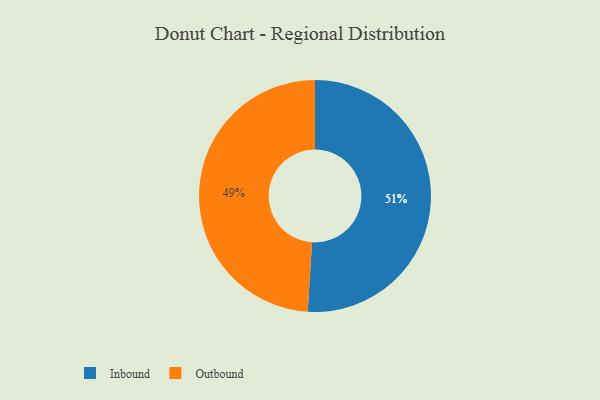
{"axis": {"x": "Category", "y": "Percentage"}, "legend": ["Inbound", "Outbound"], "data": [{"x": "Inbound", "y": 51, "type": "Inbound"}, {"x": "Outbound", "y": 49, "type": "Outbound"}]}